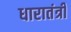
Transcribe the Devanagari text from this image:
धारातंत्री